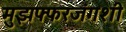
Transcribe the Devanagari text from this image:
मुझफ्फरजंगशी